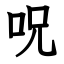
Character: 呪